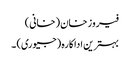
فیروز خان (خانی)
بہترین اداکارہ (جیوری) ۔